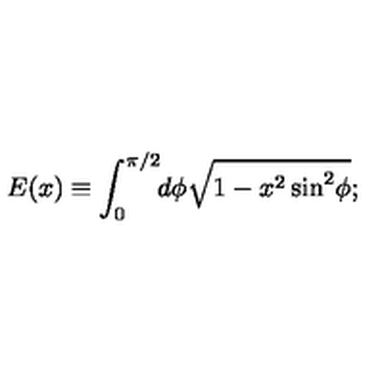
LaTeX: E ( x ) \equiv \int _ { 0 } ^ { \pi / 2 } \! \! d \phi \sqrt { 1 - x ^ { 2 } \sin ^ { 2 } \! \phi } ;